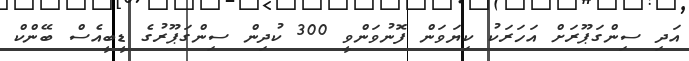
އަދި ސިންގަޕޫރަށް އަހަރަކު ކިޔަވަން ފޮނުވަންވީ 300 ކުދިން ސިންގަޕޫރުގެ ޑީބީއެސް ބޭންކް